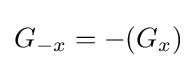
G_{-x}=-(G_{x})